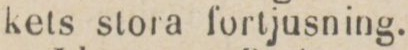
kets stora fortjusning.